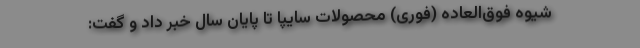
شیوه فوق‌العاده (فوری) محصولات سایپا تا پایان سال خبر داد و گفت: